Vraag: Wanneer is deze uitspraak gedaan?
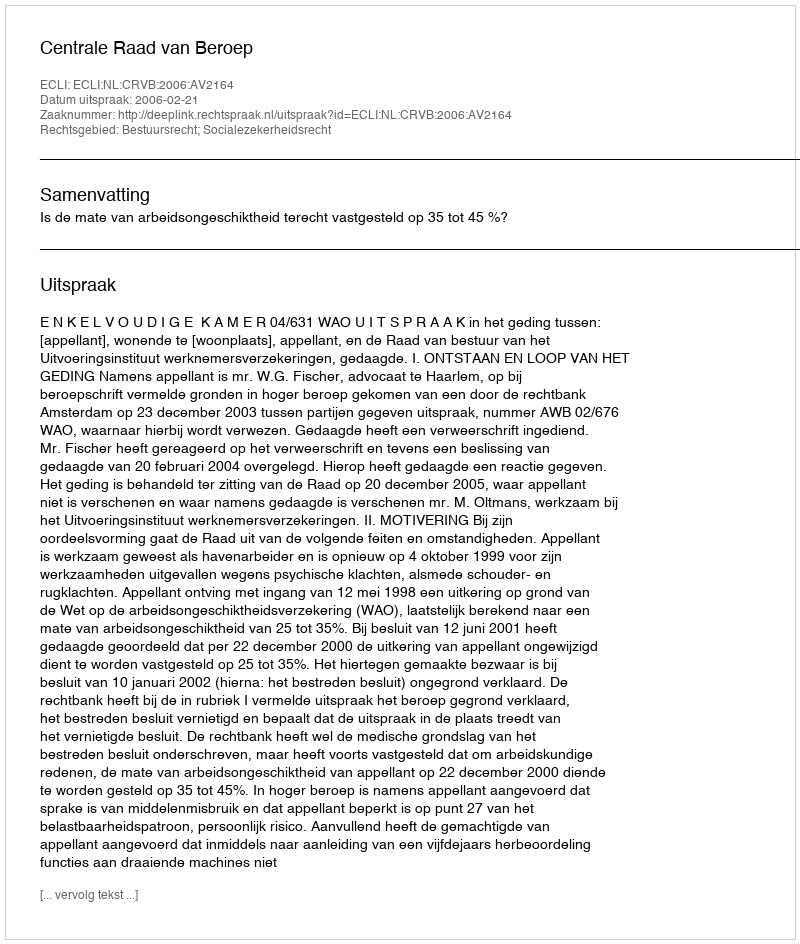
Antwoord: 2006-02-21